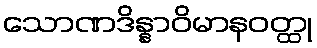
သောဏဒိန္နာဝိမာနဝတ္ထု